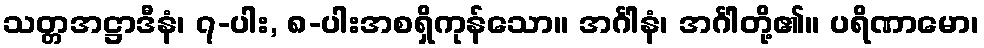
သတ္တအဋ္ဌာဒီနံ၊ ၇-ပါး, ၈-ပါးအစရှိကုန်သော။ အင်္ဂါနံ၊ အင်္ဂါတို့၏။ ပရိဏာမော၊